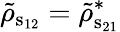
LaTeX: \tilde{\mathbf{\rho}}_{\mathrm{s_{12}}}=\tilde{\mathbf{\rho}}_{\mathrm{s_{21}}}^{*}